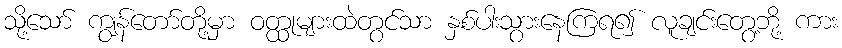
သို့သော် ကျွန်တော်တို့မှာ ဝတ္ထုများထဲတွင်သာ နှစ်ပါးသွားနေကြရ၍ လူချင်းတွေ့ဘို့ ကား